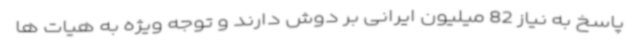
پاسخ به نیاز 82 میلیون ایرانی بر دوش دارند و توجه ویژه به هیات ها